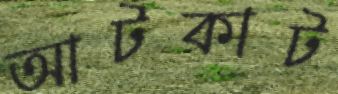
আটকাট